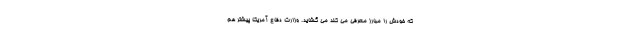
که خودش را مبارز معرفی می کند می گشاید. وزارت دفاع ‌آمریکا پیشتر هم